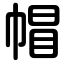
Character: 帽